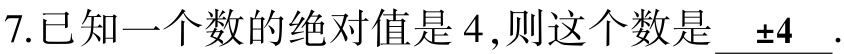
7.已知一个数的绝对值是4,则这个数是 \(\pm4\).